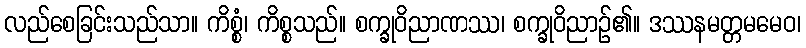
လည်စေခြင်းသည်သာ။ ကိစ္စံ၊ ကိစ္စသည်။ စက္ခုဝိညာဏဿ၊ စက္ခုဝိညာဉ်၏။ ဒဿနမတ္တမမေဝ၊